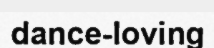
dance-loving